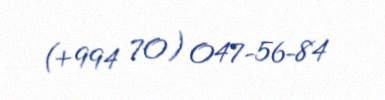
(+994 70) 047-56-84